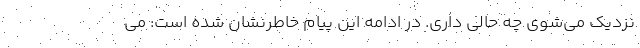
نزدیک می‌شوی چه حالی داری. در ادامه این پیام خاطرنشان شده است: می